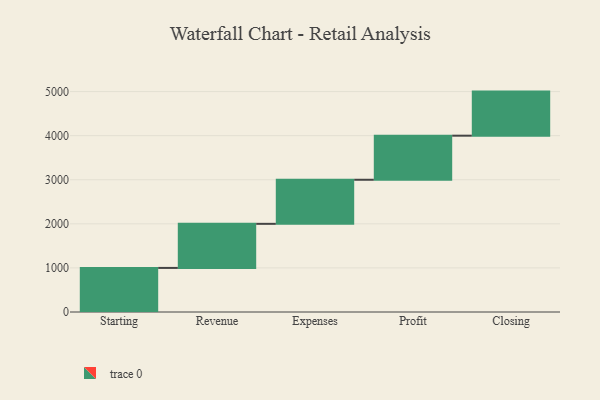
{"axis": {"x": "Step", "y": "Value"}, "legend": [""], "data": [{"x": "Starting", "y": 1000, "type": ""}, {"x": "Revenue", "y": 1000, "type": ""}, {"x": "Expenses", "y": 1000, "type": ""}, {"x": "Profit", "y": 1000, "type": ""}, {"x": "Closing", "y": 1000, "type": ""}]}